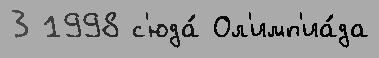
3 1998 с'юда́ Ол'имп'иа́да